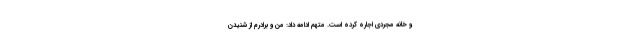
و خانه مجردی اجاره کرده است. متهم ادامه داد: من و برادرم از شنیدن